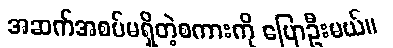
အဆက်အစပ်မရှိတဲ့စကားကို ပြောဦးမယ်။